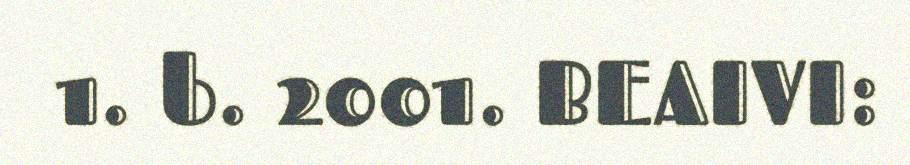
1. b. 2001. BEAIVI: